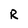
Character: R